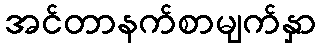
အင်တာနက်စာမျက်နှာ